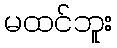
မထင်ဘူး